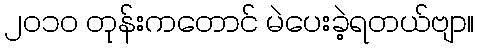
၂၀၁၀ တုန်းကတောင် မဲပေးခဲ့ရတယ်ဗျာ။